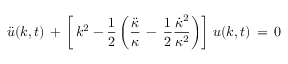
\ddot { u } ( k , t ) \, + \, \left[ \, k ^ { 2 } - { \frac { 1 } { 2 } } \left( { \frac { \ddot { \kappa } } { \kappa } } \, - \, { \frac { 1 } { 2 } } { \frac { \dot { \kappa } ^ { 2 } } { \kappa ^ { 2 } } } \right) \right] \, u ( k , t ) \, = \, 0